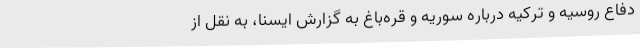
دفاع روسیه و ترکیه درباره سوریه و قره‌باغ به گزارش ایسنا، به نقل از